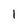
Character: 1